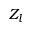
Z _ { l }